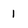
Character: l